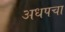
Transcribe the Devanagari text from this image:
अधपचा